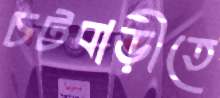
চটবাড়ীতে